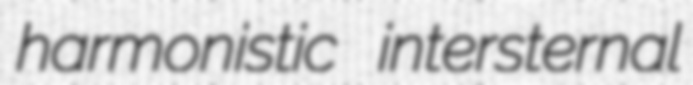
harmonistic intersternal